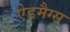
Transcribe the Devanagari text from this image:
ऐडमैग्स